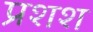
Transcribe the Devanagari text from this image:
प्रशश